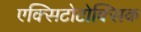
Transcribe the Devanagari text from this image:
एक्सिटोटोक्सिक